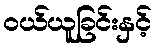
ဝယ်ယူခြင်းနှင့်